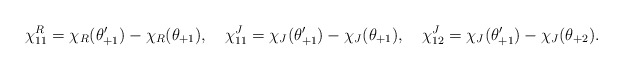
\begin{align*}\chi^{R}_{11}=\chi_{R}(\theta'_{+1})-\chi_{R}(\theta_{+1}),\quad\chi^{J}_{11}=\chi_{J}(\theta'_{+1})-\chi_{J}(\theta_{+1}),\quad\chi^{J}_{12}=\chi_{J}(\theta'_{+1})-\chi_{J}(\theta_{+2}).\end{align*}